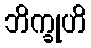
ဘိက္ခုဟိ